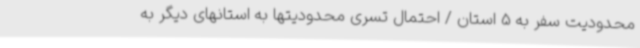
محدودیت سفر به 5 استان / احتمال تسری محدودیتها به استانهای دیگر به